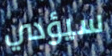
سيؤدي